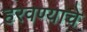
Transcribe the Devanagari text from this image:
हरवण्याचे